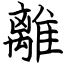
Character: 離